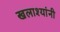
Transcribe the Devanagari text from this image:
खलाश्यांनी